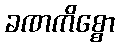
ခဏကိစ္စော